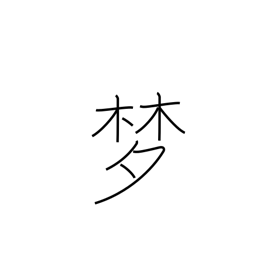
Meaning: visionary